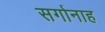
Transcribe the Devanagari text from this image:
सर्गानाह